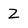
Character: Z